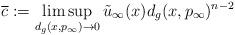
LaTeX: \begin{align*}\overline{c} := \limsup_{d_g(x,p_\infty) \rightarrow 0} \tilde u_\infty(x) d_g(x,p_\infty)^{n-2} \end{align*}